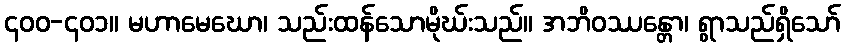
၄၀၀-၄၀၁။ မဟာမေဃော၊ သည်းထန်သောမိုဃ်းသည်။ အဘိဝဿန္တော၊ ရွာသည်ရှိသော်